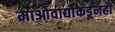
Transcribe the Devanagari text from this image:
माओवाद्यांकडूनही